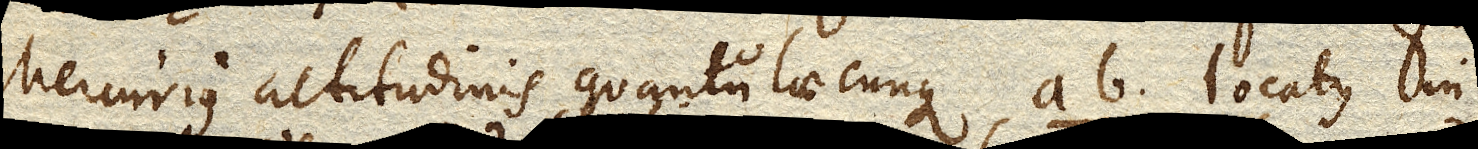
Mercurius altitudinis quantulae cunque ab. locatus in